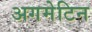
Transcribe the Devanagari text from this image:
अगमेटिन